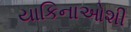
યાકિનાઓશી